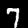
Label: 7